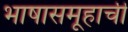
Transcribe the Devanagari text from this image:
भाषासमूहाची